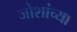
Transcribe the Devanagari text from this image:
जोशांच्या